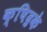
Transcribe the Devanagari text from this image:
क्षिद्रके